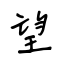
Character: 望